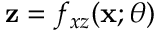
\mathbf { z } = f _ { x z } ( \mathbf { x } ; \theta )